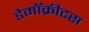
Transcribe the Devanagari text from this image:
डेमॉक्रीटस